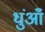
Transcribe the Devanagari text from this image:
धुंआँ